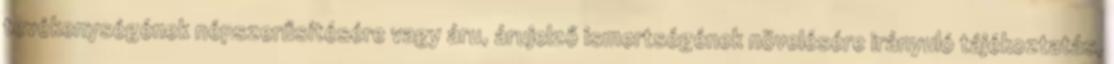
tevékenységének népszerűsítésére vagy áru, árujelző ismertségének növelésére irányuló tájékoztatás,